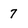
Character: 7